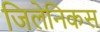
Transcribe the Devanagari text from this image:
जिलेनिकस